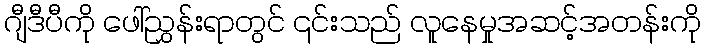
ဂျီဒီပီကို ဖေါ်ညွှန်းရာတွင် ၎င်းသည် လူနေမှုအဆင့်အတန်းကို